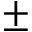
\pm